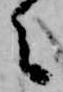
之